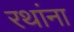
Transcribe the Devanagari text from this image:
रथांना